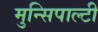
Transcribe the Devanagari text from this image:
मुन्सिपाल्टी